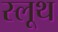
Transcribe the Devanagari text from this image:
स्लूथ